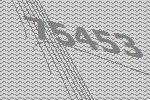
75453